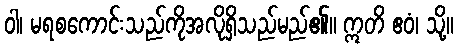
ဝါ၊ မရစကောင်းသည်ကိုအလိုရှိသည်မည်၏။ ဣတိ ဧဝံ၊ သို့။